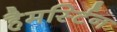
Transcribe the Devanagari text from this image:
हैमर्स्टिन